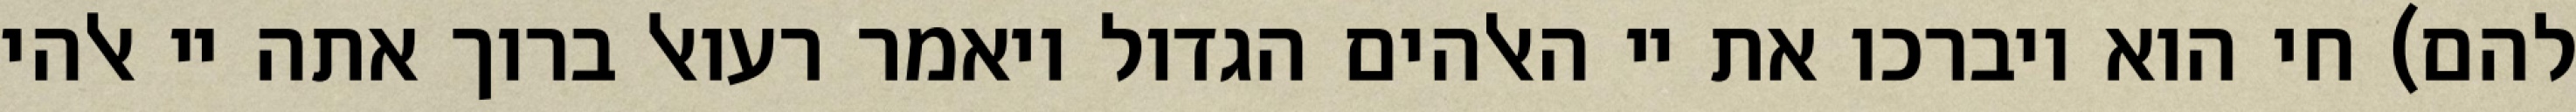
להם) חי הוא ויברכו את יי האלהים הגדול ויאמר רעואל ברוך אתה יי אלהי